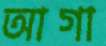
আগা